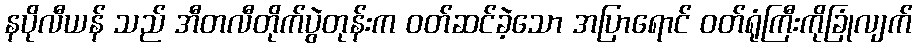
နပိုလီယန် သည် အီတလီတိုက်ပွဲတုန်းက ဝတ်ဆင်ခဲ့သော အပြာရောင် ဝတ်ရုံကြီးကိုခြုံလျက်